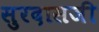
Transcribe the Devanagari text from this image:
सुरदासजी